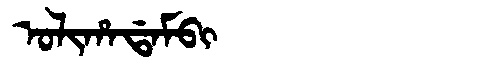
Manchu: ᠣᠯᡳᡥᠠᡩᠠᠮᠪᡳ
Romanization: OLIHADAMBI